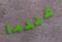
عندما